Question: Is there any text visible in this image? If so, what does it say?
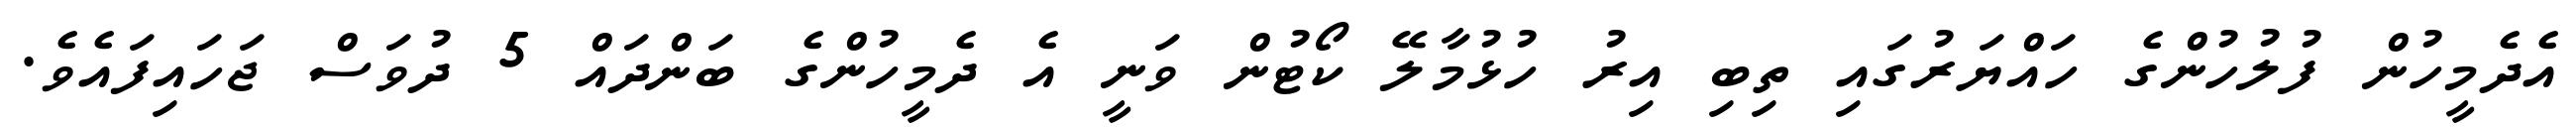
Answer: އެދެމީހުން ފުލުހުންގެ ހައްޔަރުގައި ތިބި އިރު ހުޅުމާލޭ ކޯޓުން ވަނީ އެ ދެމީހުންގެ ބަންދައް 5 ދުވަސް ޖަހައިފައެވެ.